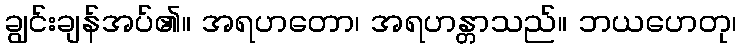
ချွင်းချန်အပ်၏။ အရဟတော၊ အရဟန္တာသည်။ ဘယဟေတု၊